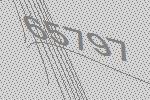
65797